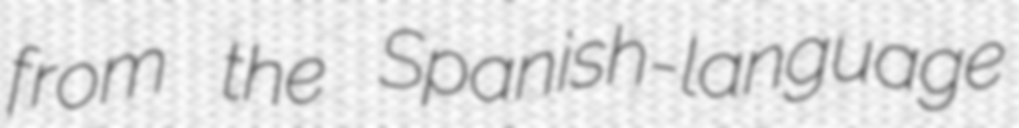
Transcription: from the Spanish-language